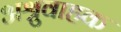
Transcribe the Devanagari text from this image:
अश्रुवाहक